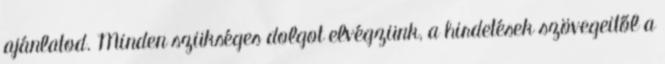
ajánlatod. Minden szükséges dolgot elvégzünk, a hirdetések szövegeitől a